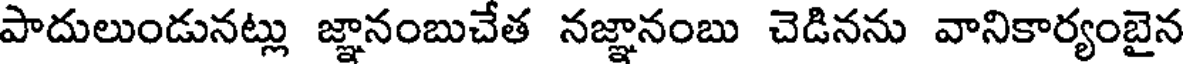
పాదులుండునట్లు జ్ఞానంబుచేత నజ్ఞానంబు చెడినను వానికార్యంబైన